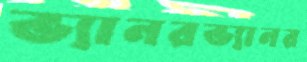
ভ্যানরভ্যানর